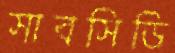
সাবসিডি